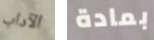
الآداب بمادة